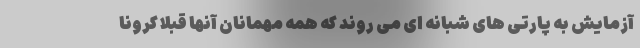
آزمایش به پارتی های شبانه ای می روند که همه مهمانان آنها قبلا کرونا